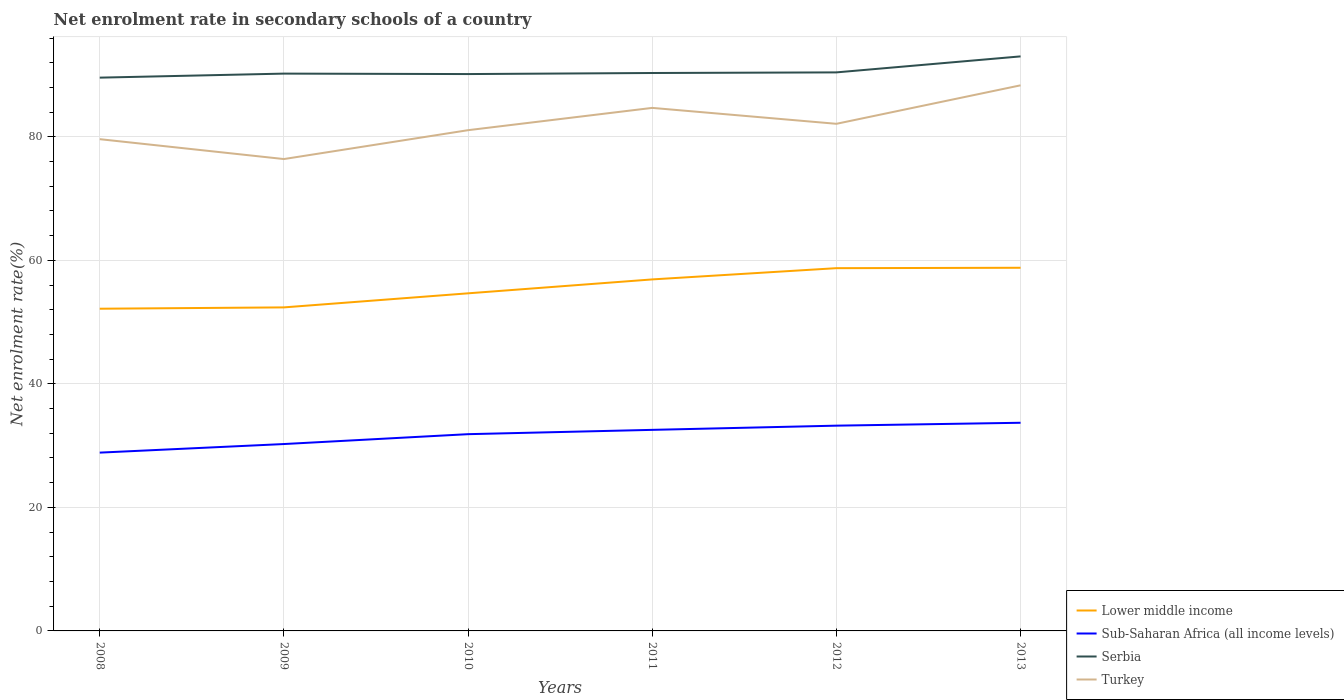
| Years | Lower middle income | Sub-Saharan Africa (all income levels) | Serbia | Turkey |
 | --- | --- | --- | --- | --- |
 | 2008 | 52.2 | 28.9 | 89.6 | 79.6 |
 | 2009 | 52.4 | 30.3 | 90.2 | 76.4 |
 | 2010 | 54.7 | 31.9 | 90.2 | 81.1 |
 | 2011 | 56.9 | 32.6 | 90.3 | 84.7 |
 | 2012 | 58.7 | 33.2 | 90.4 | 82.1 |
 | 2013 | 58.8 | 33.7 | 93 | 88.3 |